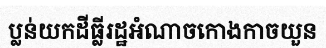
ប្លន់យកដីធ្លីរដ្ឋអំណាចកោងកាចយួន